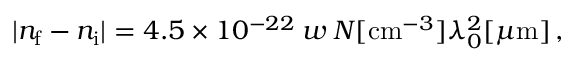
| n _ { \mathrm { f } } - n _ { \mathrm { i } } | = 4 . 5 \times 1 0 ^ { - 2 2 } \: w \: N [ \mathrm { c m } ^ { - 3 } ] \lambda _ { 0 } ^ { 2 } [ \mu \mathrm { m } ] \, ,